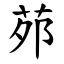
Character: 茒